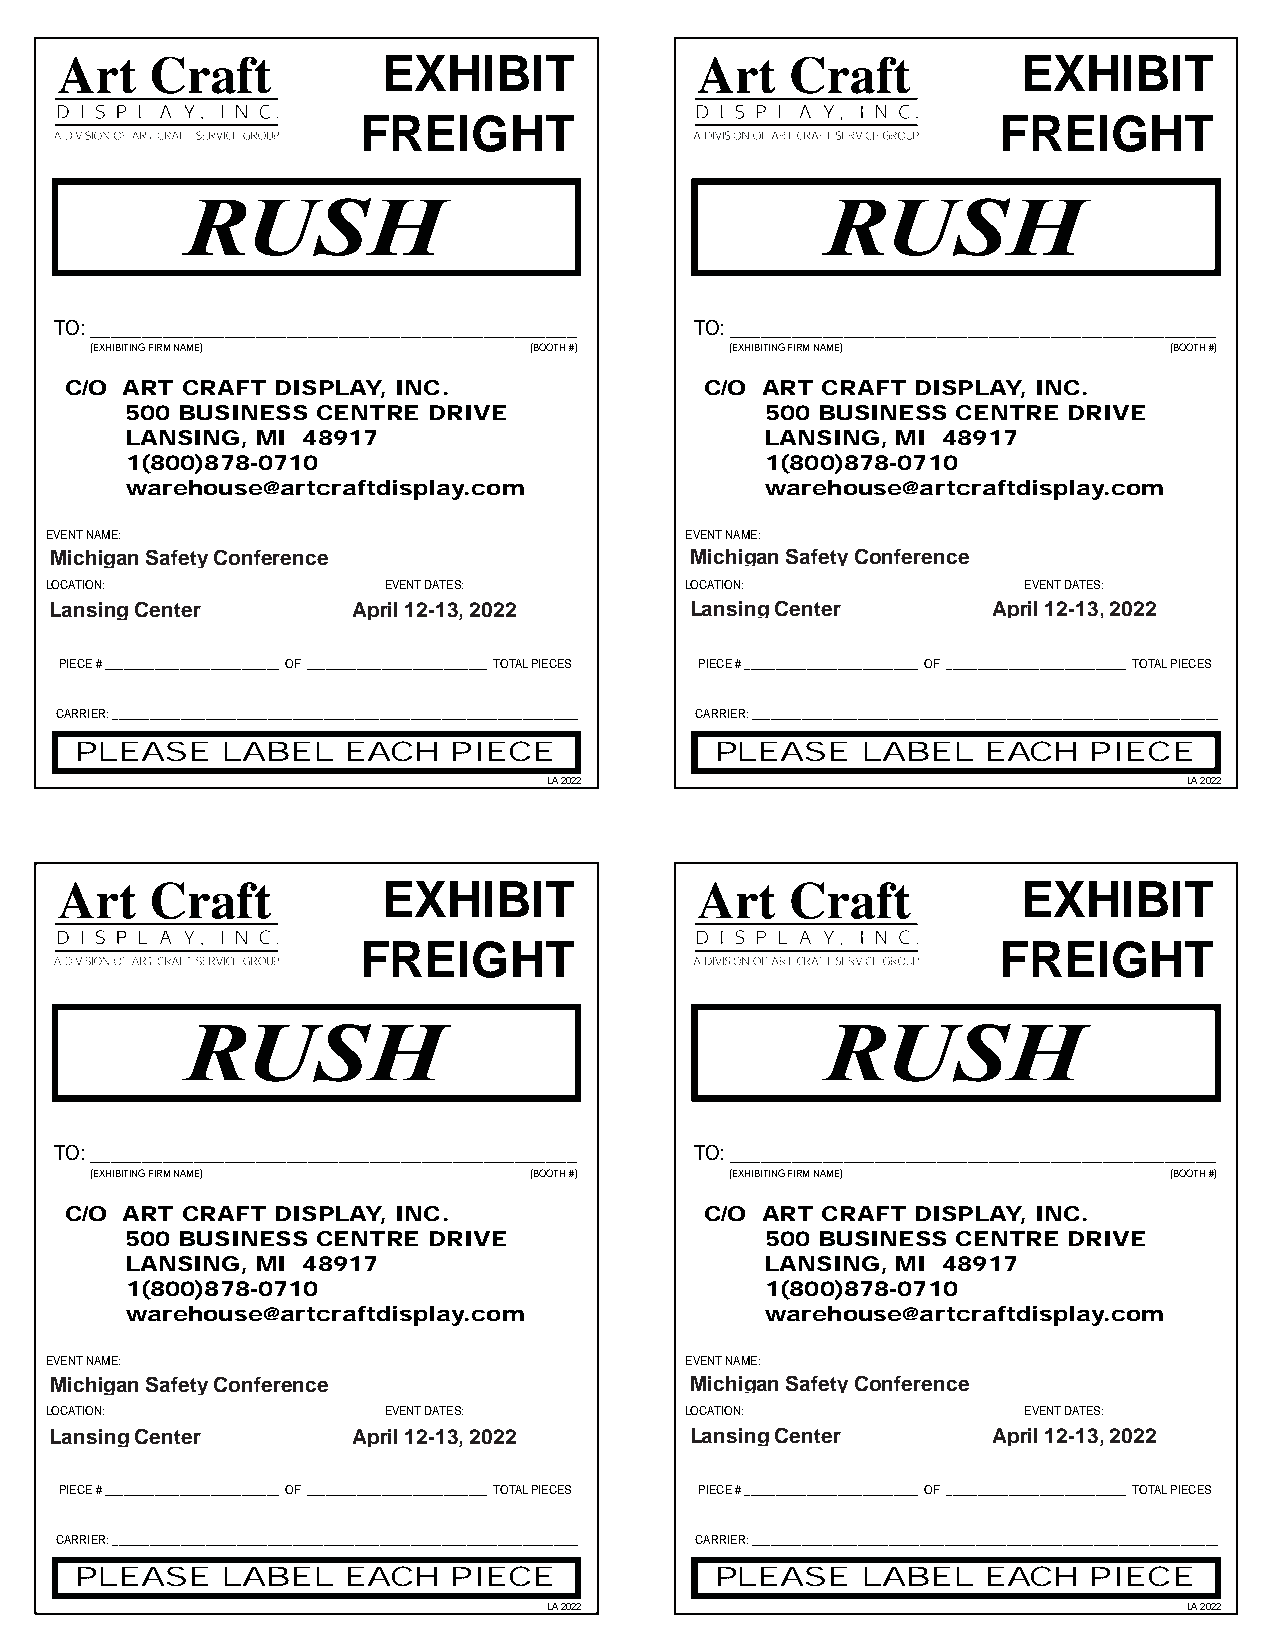
EXHIBIT                                    EXHIBIT
 FREIGHT                                   FREIGHT
 TO: _______________________________________________ TO: _______________________________________________
 (EXHIBITING FIRM NAME)       (BOOTH #)    (EXHIBITING FIRM NAME)       (BOOTH #)
 C/O ART CRAFT DISPLAY, INC.                C/O ART CRAFT DISPLAY, INC.
 500 BUSINESS CENTRE DRIVE                  500 BUSINESS CENTRE DRIVE
 LANSING, MI 48917                          LANSING, MI 48917
 1(800)878-0710                             1(800)878-0710
 warehouse@artcraftdisplay.com              warehouse@artcraftdisplay.com
 EVENT NAME:                               EVENT NAME:
 Michigan Safety Conference                 Michigan Safety Conference
 LOCATION:             EVENT DATES:        LOCATION:              EVENT DATES:
 Lansing Center      April 12-13, 2022      Lansing Center      April 12-13, 2022
 PIECE # ____________________________ OF _____________________________ TOTAL PIECES PIECE # ____________________________ OF _____________________________ TOTAL PIECES
 CARRIER: ___________________________________________________________________________ CARRIER: ___________________________________________________________________________
 PLEASE    LABEL   EACH   PIECE            PLEASE    LABEL   EACH   PIECE
 LA 2022                                    LA 2022
 EXHIBIT                                    EXHIBIT
 FREIGHT                                   FREIGHT
 TO: _______________________________________________ TO: _______________________________________________
 (EXHIBITING FIRM NAME)       (BOOTH #)    (EXHIBITING FIRM NAME)       (BOOTH #)
 C/O ART CRAFT DISPLAY, INC.                C/O ART CRAFT DISPLAY, INC.
 500 BUSINESS CENTRE DRIVE                  500 BUSINESS CENTRE DRIVE
 LANSING, MI 48917                          LANSING, MI 48917
 1(800)878-0710                             1(800)878-0710
 warehouse@artcraftdisplay.com              warehouse@artcraftdisplay.com
 EVENT NAME:                               EVENT NAME:
 Michigan Safety Conference                 Michigan Safety Conference
 LOCATION:             EVENT DATES:        LOCATION:              EVENT DATES:
 Lansing Center      April 12-13, 2022      Lansing Center      April 12-13, 2022
 PIECE # ____________________________ OF _____________________________ TOTAL PIECES PIECE # ____________________________ OF _____________________________ TOTAL PIECES
 CARRIER: ___________________________________________________________________________ CARRIER: ___________________________________________________________________________
 PLEASE    LABEL   EACH   PIECE            PLEASE    LABEL   EACH   PIECE
 LA 2022                                    LA 2022